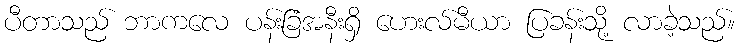
ပီတာသည် ဘာကလေ ပန်းခြံအနီးရှိ ဟေးလ်မီယာ ပြခန်းသို့ လာခဲ့သည်။